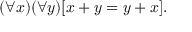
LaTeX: ( \forall x ) ( \forall y ) [ x + y = y + x ] .